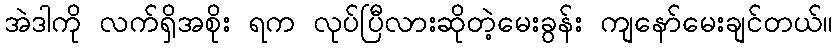
အဲဒါကို လက်ရှိအစိုး ရက လုပ်ပြီလားဆိုတဲ့မေးခွန်း ကျနော်မေးချင်တယ်။